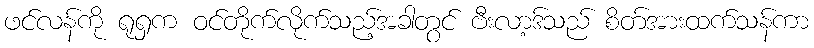
ဖင်လန်ကို ရုရှက ဝင်တိုက်လိုက်သည့်အခါတွင် ဗီးလာ့ဒ်သည် စိတ်အားထက်သန်ကာ